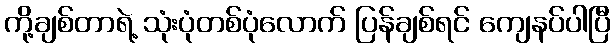
ကို့ချစ်တာရဲ့ သုံးပုံတစ်ပုံလောက် ပြန်ချစ်ရင် ကျေနပ်ပါပြီ